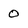
Character: 0